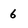
Character: 6